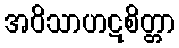
အဝိသာဟဋစိတ္တာ